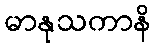
မာနုသကာနိ